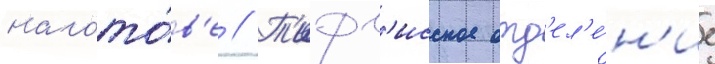
нагото́в'е // Т'ифл'исское отд'ел'е́н'ие